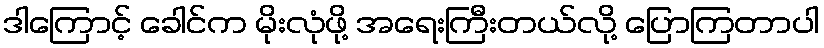
ဒါကြောင့် ခေါင်က မိုးလုံဖို့ အရေးကြီးတယ်လို့ ပြောကြတာပါ